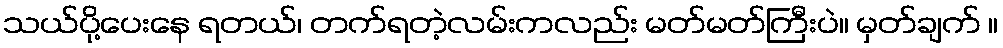
သယ်ပို့ပေးနေ ရတယ်၊ တက်ရတဲ့လမ်းကလည်း မတ်မတ်ကြီးပဲ။ မှတ်ချက် ။